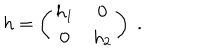
h = \left( \begin{array} { c c } { { h _ { 1 } } } & { { 0 } } \\ { { 0 } } & { { h _ { 2 } } } \\ \end{array} \right) \; .